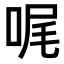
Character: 𠳿